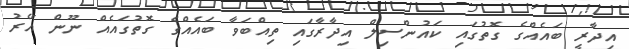
އިދާރީ ބައެއްގެ ގޮތުގައި ކައުންސިލް އިދާރާގައި ތިއްބަވާ ބައެއްގެ ގޮތުގައެއް ނޫން އޭރު